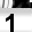
Digit: 1